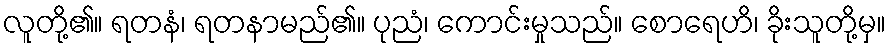
လူတို့၏။ ရတနံ၊ ရတနာမည်၏။ ပုညံ၊ ကောင်းမှုသည်။ စောရေဟိ၊ ခိုးသူတို့မှ။